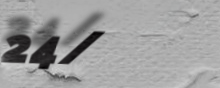
24/7